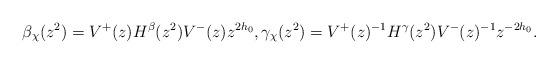
LaTeX: \begin{align*} \beta_\chi(z^2)=V^+(z)H^{\beta} (z^2)V^-(z)z^{2h_0}, \gamma_\chi (z^2) =V^+(z)^{-1}H^{\gamma} (z^2)V^-(z)^{-1}z^{-2h_0}.\end{align*}